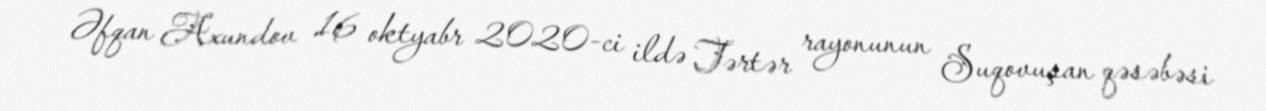
Əfqan Axundov 16 oktyabr 2020-ci ildə Tərtər rayonunun Suqovuşan qəsəbəsi